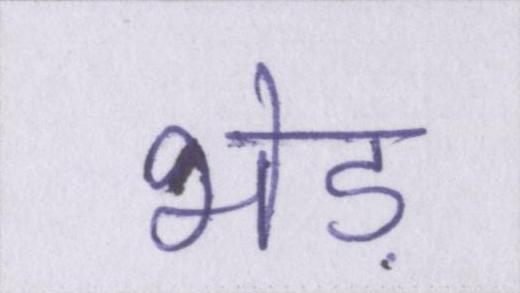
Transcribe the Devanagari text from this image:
भेड़